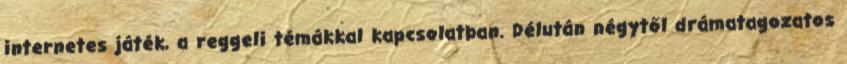
internetes játék, a reggeli témákkal kapcsolatban. Délután négytől drámatagozatos